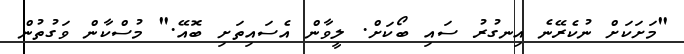
"މަށަކަށް ނުކެރޭނެ އިނގުރު ސައި ބޯކަށް. ލީވާން އެސައިތަށި ބޮއޭ." މުސްކާން ވަގުތުން